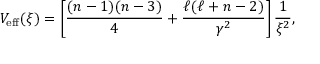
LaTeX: V _ { \mathrm { e f f } } ( \xi ) = \left[ \frac { ( n - 1 ) ( n - 3 ) } { 4 } + \frac { \ell ( \ell + n - 2 ) } { \gamma ^ { 2 } } \right] \frac { 1 } { \xi ^ { 2 } } ,